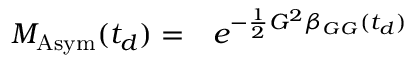
\begin{array} { r l } { M _ { \mathrm { A s y m } } ( t _ { d } ) = } & { { } e ^ { - \frac { 1 } { 2 } G ^ { 2 } \beta _ { G G } ( t _ { d } ) } } \end{array}